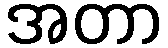
အတာ